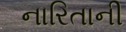
નારિતાની